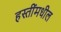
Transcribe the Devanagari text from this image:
हस्तींमधील